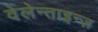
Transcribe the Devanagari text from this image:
वेलेन्ताइन्ज़